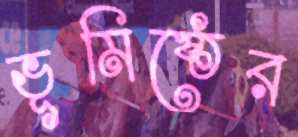
ভূমিষ্ঠের